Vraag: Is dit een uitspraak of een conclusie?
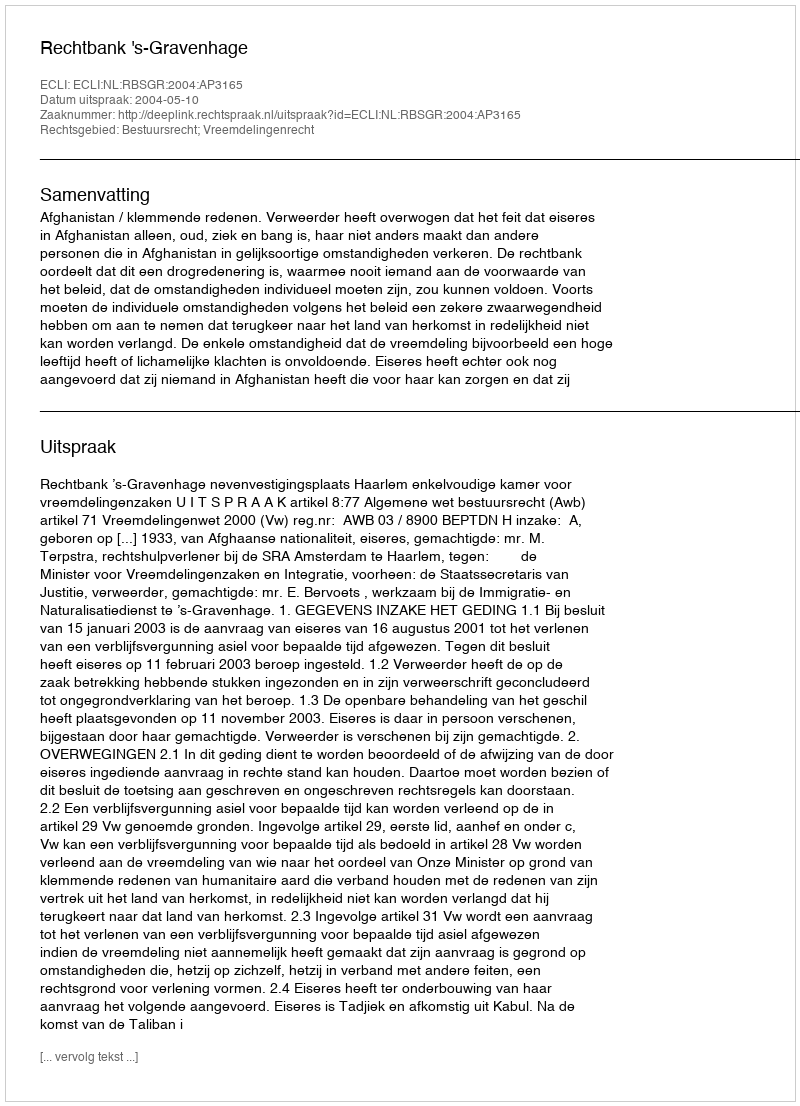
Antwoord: Uitspraak